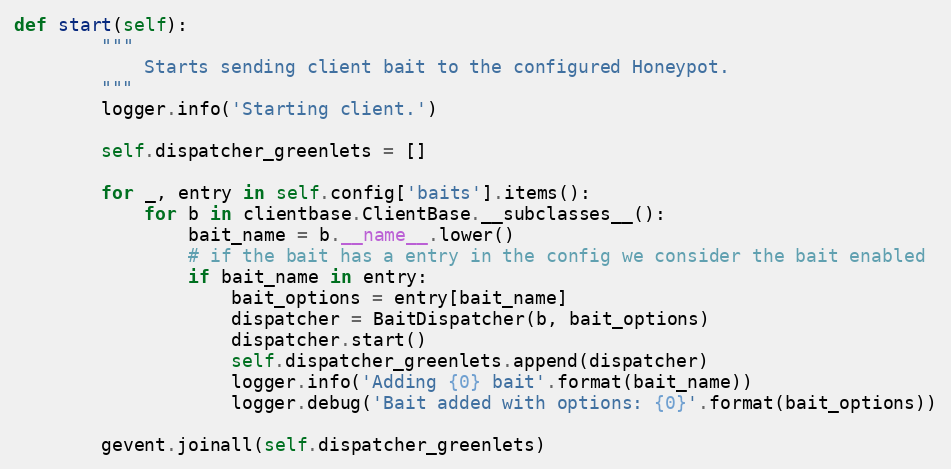
Language: Python
def start(self):
        """
            Starts sending client bait to the configured Honeypot.
        """
        logger.info('Starting client.')

        self.dispatcher_greenlets = []

        for _, entry in self.config['baits'].items():
            for b in clientbase.ClientBase.__subclasses__():
                bait_name = b.__name__.lower()
                # if the bait has a entry in the config we consider the bait enabled
                if bait_name in entry:
                    bait_options = entry[bait_name]
                    dispatcher = BaitDispatcher(b, bait_options)
                    dispatcher.start()
                    self.dispatcher_greenlets.append(dispatcher)
                    logger.info('Adding {0} bait'.format(bait_name))
                    logger.debug('Bait added with options: {0}'.format(bait_options))

        gevent.joinall(self.dispatcher_greenlets)